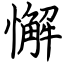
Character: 懈